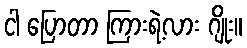
ငါ ပြောတာ ကြားရဲ့လား ဂျိုး။